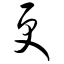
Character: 更